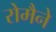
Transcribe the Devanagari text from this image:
रोमैने